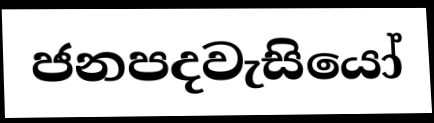
ජනපදවැසියෝ